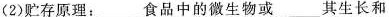
(2)贮存原理：____食品中的微生物或_____其生长和